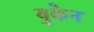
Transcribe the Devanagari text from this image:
युकेन